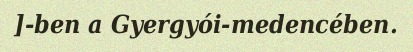
]-ben a Gyergyói-medencében.